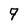
Character: 9